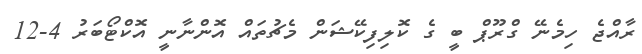
ރާއްޖެ ހިމެނޭ ގްރޫޕް ބީ ގެ ކޮލިފިކޭޝަން މެޗުތައް އޮންނާނީ އޮކްޓޯބަރު 4-12